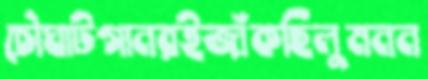
চৌঘাটগানরইজাঁকছিলুমনন